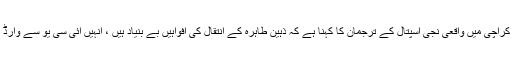
تفصیلات کے مطابق کراچی میں واقعی نجی اسپتال کے ترجمان کا کہنا ہے کہ ذہین طاہرہ کے انتقال کی افواہیں بے بنیاد ہیں ، انہیں آئی سی یو سے وارڈ میں منتقل کیا گیا ہے۔